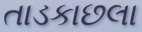
તાડકાછલા